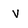
Character: v